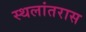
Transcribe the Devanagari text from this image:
स्थलांतरास